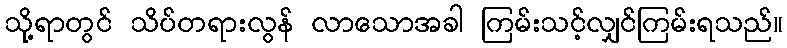
သို့ရာတွင် သိပ်တရားလွန် လာသောအခါ ကြမ်းသင့်လျှင်ကြမ်းရသည်။